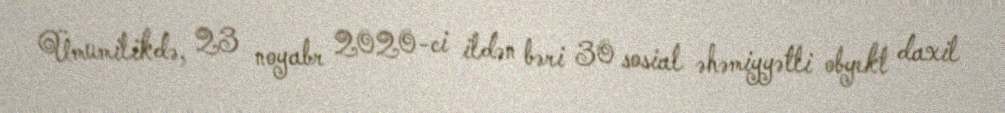
Ümumilikdə, 23 noyabr 2020-ci ildən bəri 30 sosial əhəmiyyətli obyekt daxil